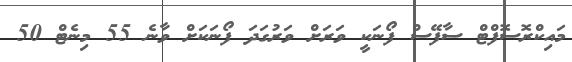
މައިކްރޮސޮފްޓް ސާފޭސް ފޯނަކީ ވަރަށް ވަރުގަދަ ފޯނަކަށް ވާނެ 55 މިނެޓް 50